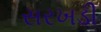
સરખડી